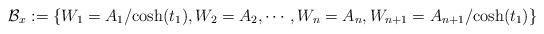
LaTeX: \begin{align*} \mathcal{B}_x:=\{W_{1}=A_1/\mathrm{cosh}(t_{1}), W_{2}=A_2, \cdots,W_n=A_n, W_{n+1}=A_{n+1}/\mathrm{cosh}(t_{1})\}\end{align*}